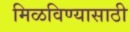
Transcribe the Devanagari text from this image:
मिळविण्‍यासाठी